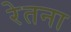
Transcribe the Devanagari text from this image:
रेतना